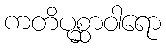
ကတိပုစ္ဆာဝါရော